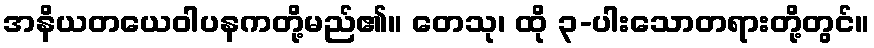
အနိယတယေဝါပနကတို့မည်၏။ တေသု၊ ထို ၃-ပါးသောတရားတို့တွင်။